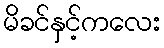
မိခင်နှင့်ကလေး